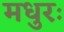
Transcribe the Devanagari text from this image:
मधुरः